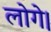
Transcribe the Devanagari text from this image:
लोगे।